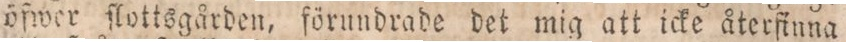
öfwer flottsgården, förundrade det mig att icke återfinna